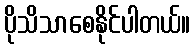
ပိုသိသာစေနိုင်ပါတယ်။